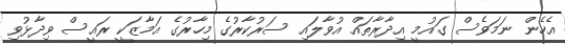
އެހެން ނަމަވެސް ގައުމީ އިދާރާތައް އުވާލައި ސަރުކާރުގެ މިހާރުގެ އަމާޒަކީ ރައީސް ވިދާޅުވި